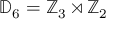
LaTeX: \mathbb { D } _ { 6 } = \mathbb { Z } _ { 3 } \rtimes \mathbb { Z } _ { 2 }